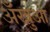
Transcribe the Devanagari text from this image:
अँखुआ